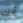
أنك